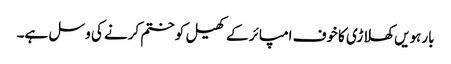
بارہویں کھلاڑی کا خوف امپائر کے کھیل کو ختم کرنے کی وسل ہے۔